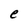
Character: e